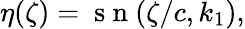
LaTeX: \eta(\zeta)=\mathrm{~s~n~}(\zeta/c,k_{1}),